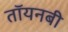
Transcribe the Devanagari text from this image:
तॉयनबी